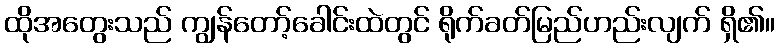
ထိုအတွေးသည် ကျွန်တော့်ခေါင်းထဲတွင် ရိုက်ခတ်မြည်ဟည်းလျက် ရှိ၏။